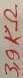
Text: 3,9KΩ